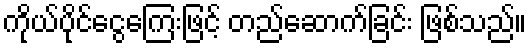
ကိုယ်ပိုင်ငွေကြေးဖြင့် တည်ဆောက်ခြင်း ဖြစ်သည်။